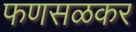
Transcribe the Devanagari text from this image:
फणसळकर